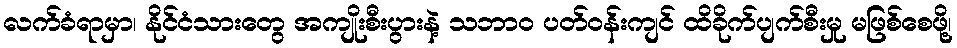
လက်ခံရာမှာ၊ နိုင်ငံသားတွေ အကျိုးစီးပွားနဲ့ သဘာ၀ ပတ်ဝန်းကျင် ထိခိုက်ပျက်စီးမှု မဖြစ်စေဖို့၊